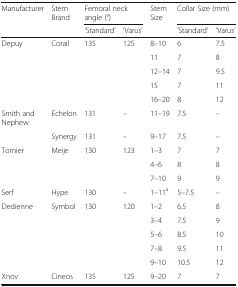
| Manufacturer | Stem Brand | <COLSPAN=2> Femoral neck angle (°) | Stem Size | <COLSPAN=2> Collar Size (mm) |
 |  |  | ‘Standard’ | ‘Varus’ |  | ‘Standard’ | ‘Varus’ |
 | --- | --- | --- | --- | --- | --- | --- |
 | Depuy | Corail | 135 | 125 | 8–10 | 6 | 7.5 |
 |  |  |  |  | 11 | 7 | 8 |
 |  |  |  |  | 12–14 | 7 | 9.5 |
 |  |  |  |  | 15 | 7 | 11 |
 |  |  |  |  | 16–20 | 8 | 12 |
 | Smith and Nephew | Echelon | 131 | – | 11–19 | 7.5 | – |
 |  | Synergy | 131 | – | 9–17 | 7.5 | – |
 | Tornier | Meije | 130 | 123 | 1–3 | 7 | 7 |
 |  |  |  |  | 4–6 | 8 | 8 |
 |  |  |  |  | 7–10 | 9 | 9 |
 | Serf | Hype | 130 | – | 1–11a | 5–7.5 | – |
 | Dedienne | Symbol | 130 | 120 | 1–2 | 6.5 | 8 |
 |  |  |  |  | 3–4 | 7.5 | 9 |
 |  |  |  |  | 5–6 | 8.5 | 10 |
 |  |  |  |  | 7–8 | 9.5 | 11 |
 |  |  |  |  | 9–10 | 10.5 | 12 |
 | Xnov | Cineos | 135 | 125 | 9–20 | 7 | 7 |